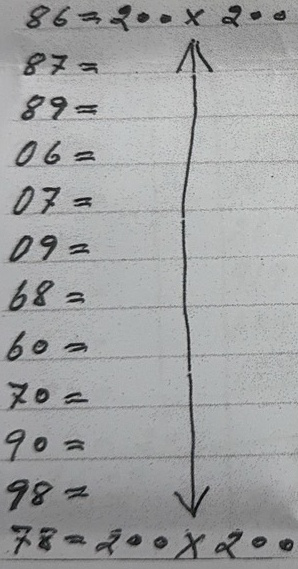
86 = 200 x 200
87 = 200 x 200
89 = 200 x 200
06 = 200 x 200
07 = 200 x 200
09 = 200 x 200
68 = 200 x 200
60 = 200 x 200
70 = 200 x 200
90 = 200 x 200
98 = 200 x 200
78 = 200 x 200